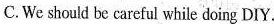
C.We should be careful while doing DIY.